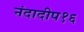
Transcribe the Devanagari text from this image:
नंदादीप१६